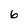
Character: 6